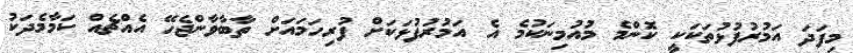
މިފަދަ އަމުރުފުޅުތަކަކީ ކޮންމެ މުއުމިނަކުމެ އެ އަމުރުފުޅަކަށް ފުރިހަމައަށް ތާބާވާންޖެހޭ އެއްޗެއް ކަމާމެދަކު